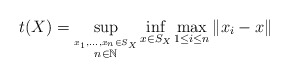
\begin{align*}t(X) = \sup_{\overset{x_1,\ldots,x_n \in S_X}{n \in \mathbb{N}}}\inf_{x \in S_X} \max_{1 \le i \le n} \|x_i - x \|\end{align*}